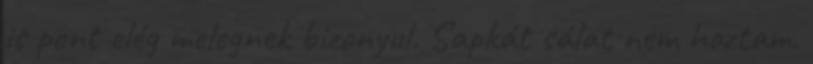
is pont elég melegnek bizonyul. Sapkát sálat nem hoztam.